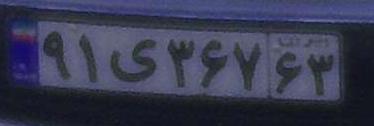
۹۱ی۳۶۷۶۳